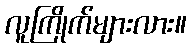
လူကြိုက်များလား။